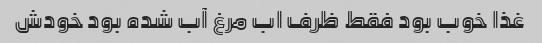
غذا خوب بود فقط ظرف اب مرغ آب شده بود خودش